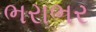
ભરાભર